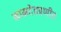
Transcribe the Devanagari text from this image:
नामदेवप्रणीत